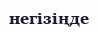
негізіңде